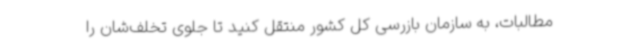
مطالبات، به سازمان بازرسی کل کشور منتقل کنید تا جلوی تخلف‌شان را